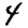
Digit: 4